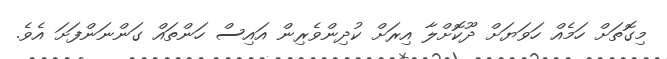
މިގޮތަށް ހަމެއް ހަވަޔަށް ދޫކޮށްލާ އިރަށް ކުދިންވެރިން އައިސް ހަންތައް ގަންނަންފަށަ އެވެ.